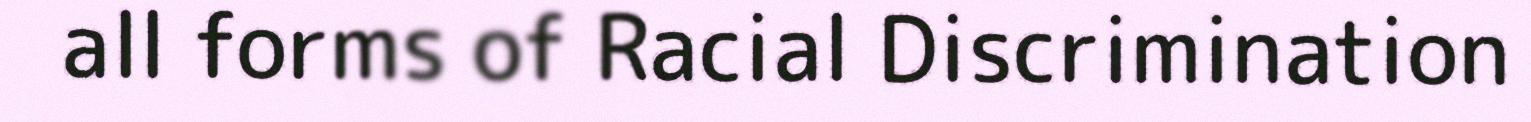
all forms of Racial Discrimination